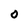
Character: 0